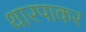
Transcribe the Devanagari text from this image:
थारपाकर